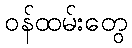
ဝန်ထမ်းတွေ